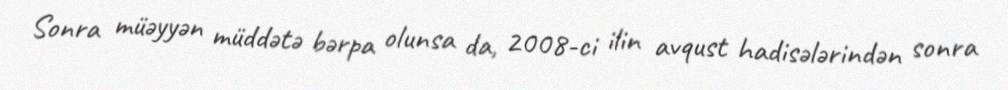
Sonra müəyyən müddətə bərpa olunsa da, 2008-ci ilin avqust hadisələrindən sonra